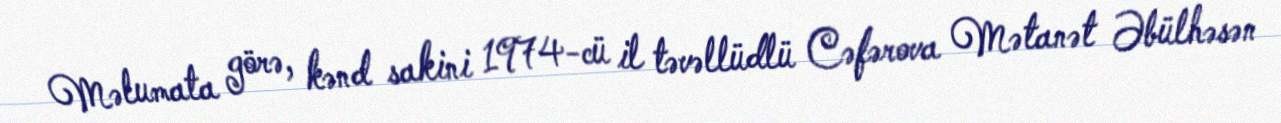
Məlumata görə, kənd sakini 1974-cü il təvəllüdlü Cəfərova Mətanət Əbülhəsən